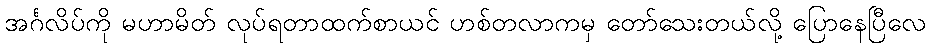
အင်္ဂလိပ်ကို မဟာမိတ် လုပ်ရတာထက်စာယင် ဟစ်တလာကမှ တော်သေးတယ်လို့ ပြောနေပြီလေ